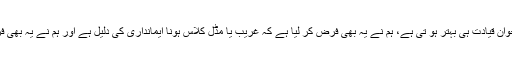
ظاہری سادگی کے علاوہ ہم نے یہ بھی فرض کر لیا ہے کہ نوجوان قیادت ہی بہتر ہو تی ہے، ہم نے یہ بھی فرض کر لیا ہے کہ غریب یا مڈل کلاس ہونا ایمانداری کی دلیل ہے اور ہم نے یہ بھی فرض کر لیا ہے کہ امیر یا کاروباری ہونا کرپشن کی نشانی ہے۔